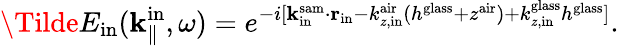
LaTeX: \Tilde{E}_{\mathrm{in}}({\mathbf k}_{\parallel}^{\mathrm{in}},\omega)=e^{-i[{\mathbf k}_{\mathrm{in}}^{\mathrm{sam}}\cdot{\mathbf r_{\mathrm{in}}}-k_{z,\mathrm{in}}^{\mathrm{air}}(h^{\mathrm{glass}}+z^{\mathrm{air}})+k_{z,\mathrm{in}}^{\mathrm{glass}}h^{\mathrm{glass}}]}.